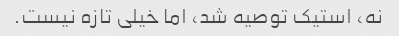
نه، استیک توصیه شد، اما خیلی تازه نیست.